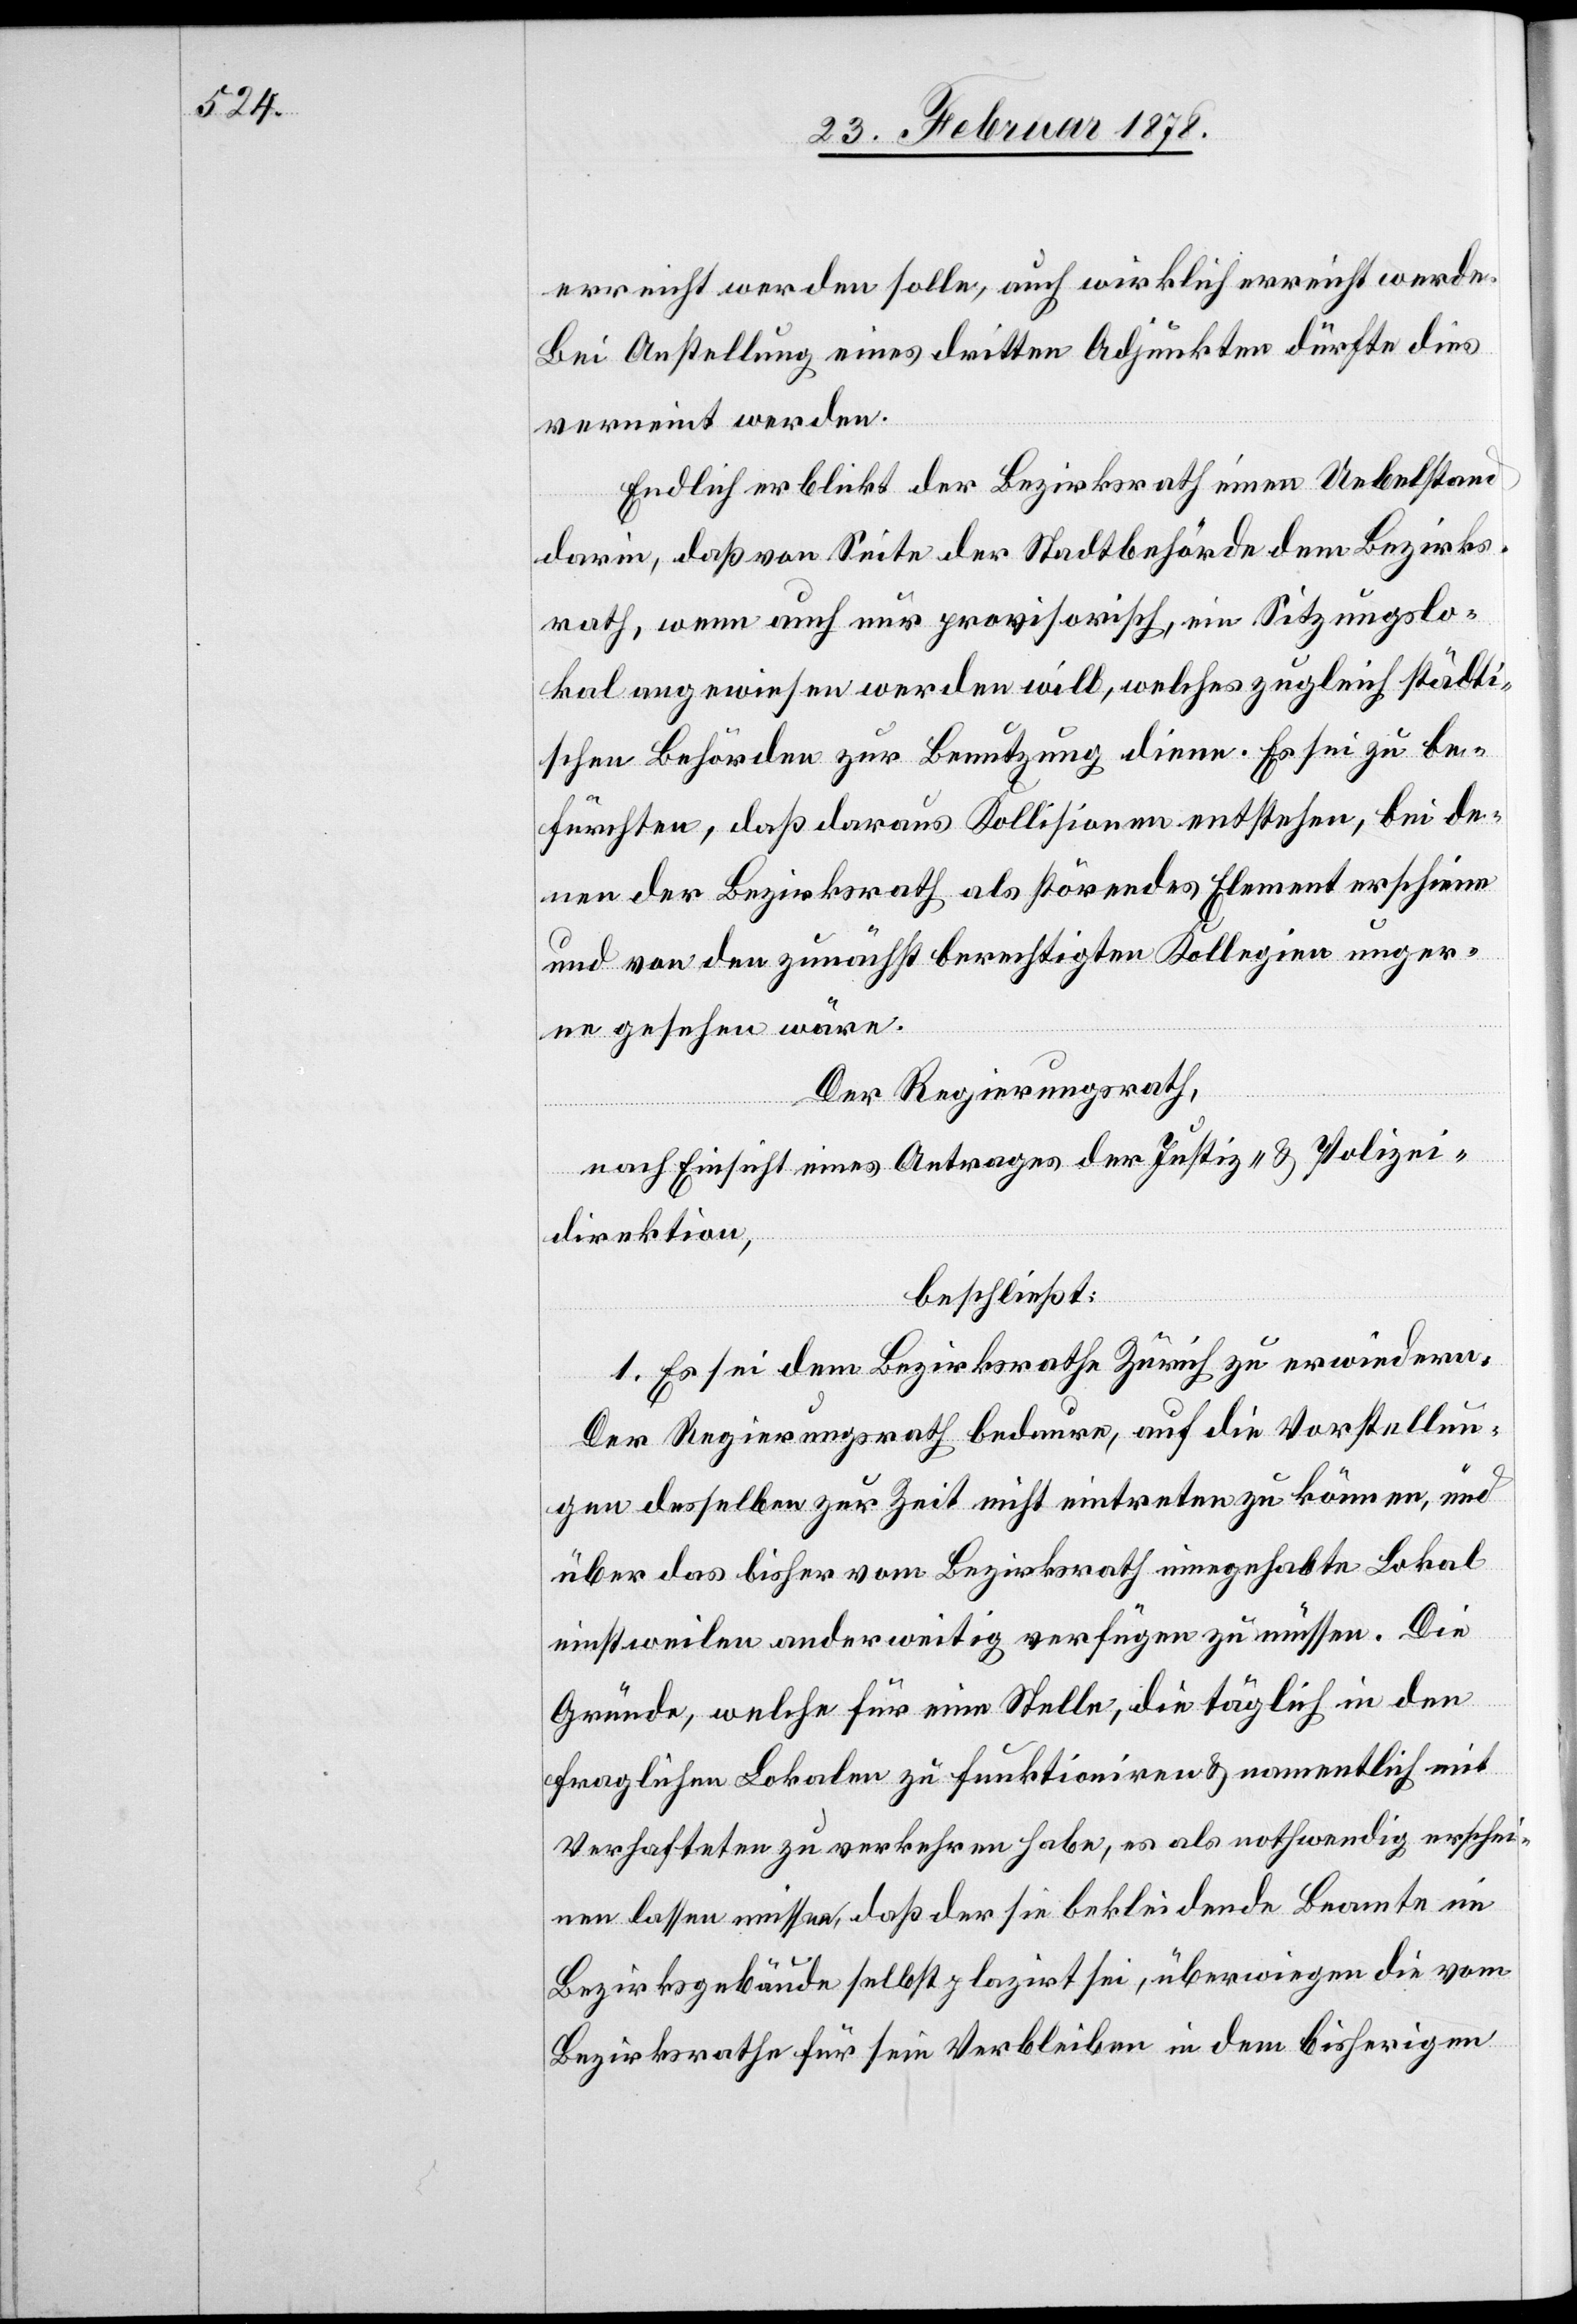
erreicht werden solle, auch wirklich erreicht werde.
Bei Anstellung eines dritten Adjunkten dürfte dies
verneint werden.
Endlich erblickt der Bezirksrath einen Uebelstand
darin, daß von Seite der Stadtbehörde dem Bezirks¬
rath, wenn auch nur provisorisch, ein Sitzungslo¬
kal angewiesen werden will, welches zugleich städti¬
schen Behörden zur Benutzung diene. Es sei zu be¬
fürchten, daß daraus Kollisionen entstehen, bei de¬
nen der Bezirksrath als störendes Element erscheine
und von den zunächst berechtigten Kollegien unger¬
ne gesehen wäre.
Der Regierungsrath,
nach Einsicht eines Antrages der Justiz- & Polizei¬
direktion,
beschließt:
1. Es sei dem Bezirksrathe Zürich zu erwiedern:
Der Regierungsrath bedaure, auf die Vorstellun¬
gen desselben zur Zeit nicht eintreten zu können, und
über das bisher vom Bezirksrath innegehabte Lokal
einstweilen anderweitig verfügen zu müssen. Die
Gründe, welche für eine Stelle, die täglich in den
fraglichen Lokalen zu funktioniren & namentlich mit
Verhafteten zu verkehren habe, es als nothwendig erschei¬
nen lassen müsse, daß der sie bekleidende Beamte ein
Bezirksgebäude selbstplazirt sei, überwiegen die vom
Bezirksrathe für sein Verbleiben in dem bisherigen